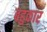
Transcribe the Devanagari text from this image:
बहुकार